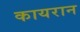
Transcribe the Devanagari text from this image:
कायरान